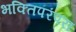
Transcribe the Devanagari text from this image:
भक्तिपरंपरा